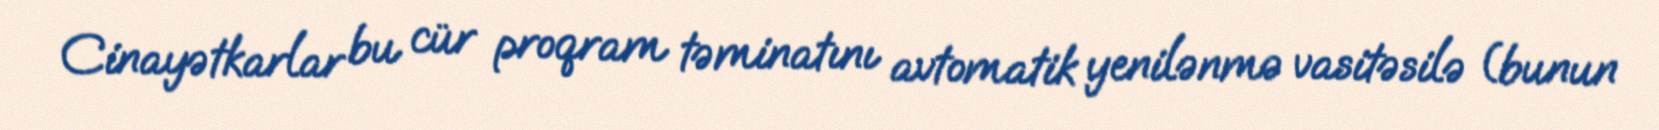
Cinayətkarlar bu cür proqram təminatını avtomatik yenilənmə vasitəsilə (bunun